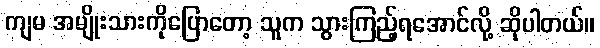
ကျမ အမျိုးသားကိုပြောတော့ သူက သွားကြည့်ရအောင်လို့ ဆိုပါတယ်။